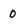
Character: 0